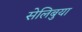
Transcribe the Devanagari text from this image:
सेलिबुया